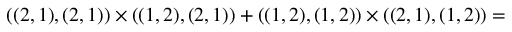
( ( 2 , 1 ) , ( 2 , 1 ) ) \times ( ( 1 , 2 ) , ( 2 , 1 ) ) + ( ( 1 , 2 ) , ( 1 , 2 ) ) \times ( ( 2 , 1 ) , ( 1 , 2 ) ) =